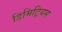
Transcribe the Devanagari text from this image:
डिमिट्रियस